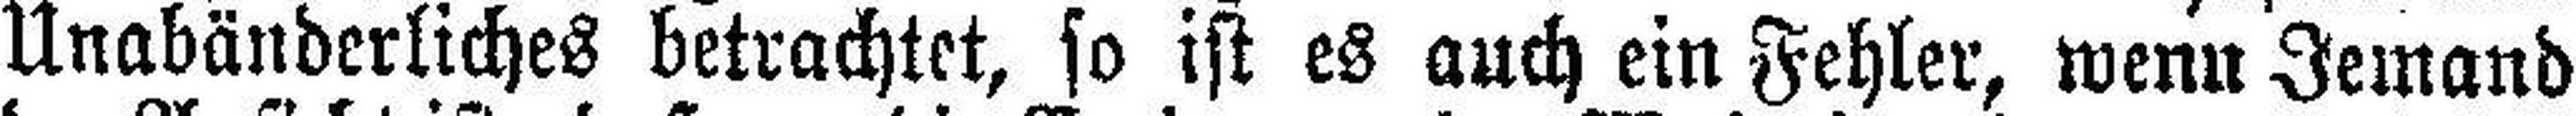
Unabänderliches betrachtet, so ist es auch ein Fehler, wenn Jemand